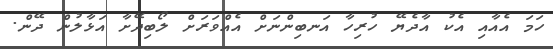
ހަމަ އެއާއި އެކު އާދެޔޭ ހުރިހާ އަނބިންނަށް އެއްވަރަށް ލޯބިދޭށާ އަޅާލުން ދޭން.